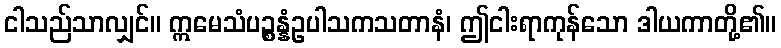
ငါသည်သာလျှင်။ ဣမေသံပဉ္စန္နံဥပါသကသတာနံ၊ ဤငါးရာကုန်သော ဒါယကာတို့၏။